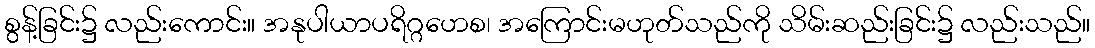
စွန့်ခြင်း၌ လည်းကောင်း။ အနုပါယာပရိဂ္ဂဟေစ၊ အကြောင်းမဟုတ်သည်ကို သိမ်းဆည်းခြင်း၌ လည်းသည်။